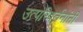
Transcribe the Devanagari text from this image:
उत्परिवर्तनांनी